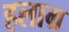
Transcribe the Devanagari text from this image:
हलाग्र